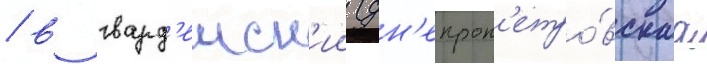
/ в гвард'еиск'ии (дн'епроп'етро́вскаа